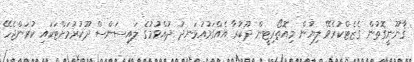
ޤާނޫނީގޮތުން ގެޒެޓްކުރެވޭ ލިޔުން މިއޮތޯރިޓީން ދޫކުރާ އެއްގަމުއުޅަނދު ދުއްވުމުގެ ލައިސަންސް ދޫކުރުމަށްޓަކައި ކުރަންޖެހޭ